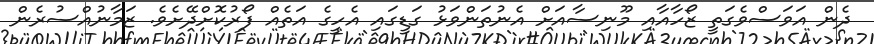
ދެން އަވަސްވެގަތީ ޒޯހާއާއި މޫނިސާއަށް އެނުތަންވަޅު ގަޑީގައި އެހީގެ އަތެއް ފޯރުކޮށްދޭށެވެ. ޒަމާނުއްސުރެން